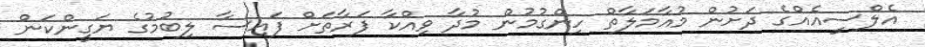
އެލްސީއެއްގެ ދަށުން މުއާމަލާތް ހިންގުމުން މުދާ ވިއްކާ ފަރާތަށް ފައިސާ ލިބުމުގެ ޔަގީންކަން